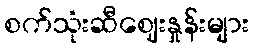
စက်သုံးဆီဈေးနှုန်းများ